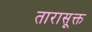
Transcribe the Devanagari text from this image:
तारासूक्त